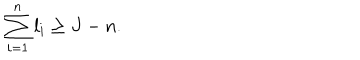
LaTeX: \sum _ { i = 1 } ^ { n } l _ { i } \geq J - n .